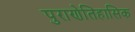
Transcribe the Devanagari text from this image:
पुराणेतिहासिक